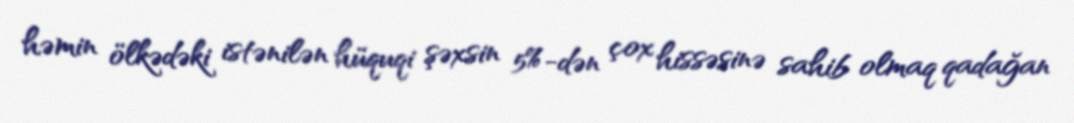
həmin ölkədəki istənilən hüquqi şəxsin 5%-dən çox hissəsinə sahib olmaq qadağan